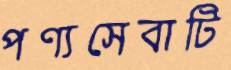
পণ্যসেবাটি